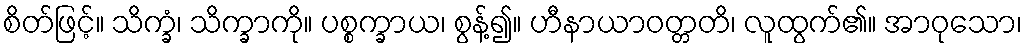
စိတ်ဖြင့်။ သိက္ခံ၊ သိက္ခာကို။ ပစ္စက္ခာယ၊ စွန့်၍။ ဟီနာယာဝတ္တတိ၊ လူထွက်၏။ အာဝုသော၊